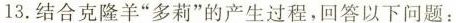
13.结合克隆羊”多莉”的产生过程，回答以下问题：